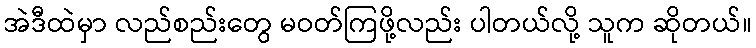
အဲဒီထဲမှာ လည်စည်းတွေ မဝတ်ကြဖို့လည်း ပါတယ်လို့ သူက ဆိုတယ်။